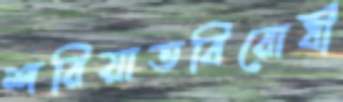
শরিয়াতবিরোধী